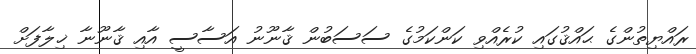
ރައްޔިތުންގެ ޙައްޤުގައި ކުރެއްވި ކަންކަމުގެ ސަސަބުން ޤާނޫނު އަސާސީ އާއި ޤާނޫނާ ޚިލާފަށް